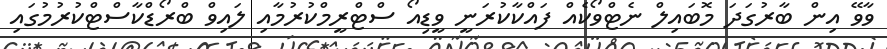
ވާވޭ އިން ބާރުގަދަ މޮބައިލް ނެޓްވޯކެއް ފައްކާކުރަނީ ވީޑިއޯ ސްޓްރީމްކުރުމާއި ލައިވް ބްރޯޑްކާސްޓްކުރުމުގައި